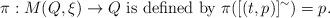
LaTeX: \begin{align*}\pi: M(Q, \xi) \to Q ~ \mbox{is defined by} ~ \pi ([(t, p)]^{\sim}) = p.\end{align*}